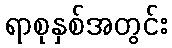
ရာစုနှစ်အတွင်း